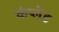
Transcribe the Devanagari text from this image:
कंप्लेंड